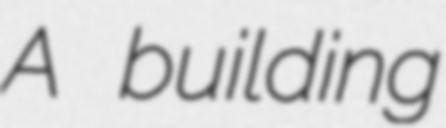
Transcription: A building